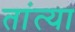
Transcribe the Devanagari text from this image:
तांत्‍या